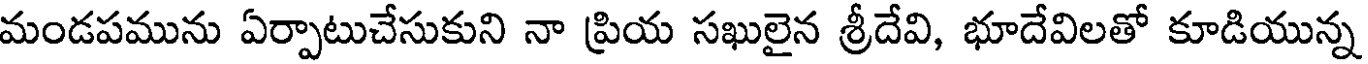
మండపమును ఏర్పాటుచేసుకుని నా ప్రియ సఖులైన శ్రీదేవి, భూదేవిలతో కూడియున్న